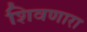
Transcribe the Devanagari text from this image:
शिवणारा